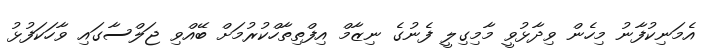
އެމަނިކުފާނު މިހެން ވިދާޅުވީ މާމިގިލީ ފެނުގެ ނިޒާމް އިފްތިތާހްކުރުމަށް ބޭއްވި ޖަލްސާގައި ވާހަކަފުޅު